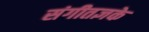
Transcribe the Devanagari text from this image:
संगीतज्ञके